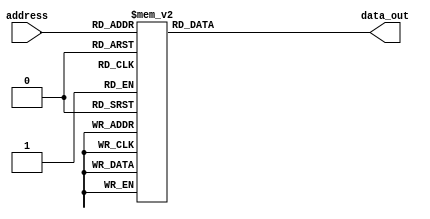
// This is a simple example.
// You can make a your own template file and set its path to settings.
// (Preferences > Package Settings > Verilog Gadget > Settings - User)
//
//    "templates": [
//      [ "Default", "Packages/Verilog Gadget/template/verilog_template_default.v" ],
//      [ "FSM", "D:/template/verilog_fsm_template.v" ]
//    ]

module LUT_CASE_64bits #(parameter W=64,N=4)
(
//Input Signals
input wire [N-1:0] address,
//Output Signals
output reg [W-1:0] data_out
);

always @(*) begin

   case (address)
          4'd0 : begin
          data_out =64'h3fe921fb54442d18;
          end
          4'd1 : begin
          data_out =64'h3fddac670561bb4f;
          end
          4'd2 : begin
          data_out =64'h3fcf5b75f92c80dd;
          end
          4'd3 : begin
          data_out =64'h3fbfd5ba9aac2f6e;
          end
          4'd4 : begin
          data_out =64'h3faff55bb72cfdea;
          end
          4'd5 : begin
          data_out =64'h3f9ffd55bba97625;
          end
          4'd6 : begin
          data_out =64'h3f8fff555bbb729b;
          end
          4'd7 : begin
          data_out =64'h3f7fffd555bbba97;
          end
          4'd8 : begin
          data_out =64'h3f6ffff5555bbbb7;
          end
          4'd9 : begin
          data_out =64'h3f5ffffd5555bbbc;
          end
          4'd10 : begin
          data_out =64'h3f4fffff55555bbc;
          end
          4'd11 : begin
          data_out =64'h3f3fffffd55555bc;
          end
          4'd12 : begin
          data_out =64'h3f2ffffff555555c;
          end
          4'd13 : begin
          data_out =64'h3f1ffffffd555556;
          end
          4'd14 : begin
          data_out =64'h3f0fffffff555555;
          end
          4'd15 : begin
          data_out =64'h3effffffffd55555;
          end
          default: begin
          data_out =64'h3fe921fb54442d18;
          end
   endcase

end

endmodule // template